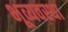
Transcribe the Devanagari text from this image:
भूव्यवस्था